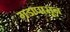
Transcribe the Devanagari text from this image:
गडापासून